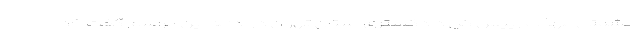
حشمتی مهذب رییس کل دادگستری استان تهران در ادامه این مراسم گفت خدا